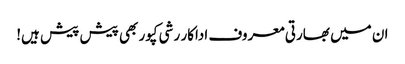
ان میں بھارتی معروف اداکار رشی کپور بھی پیش پیش ہیں!